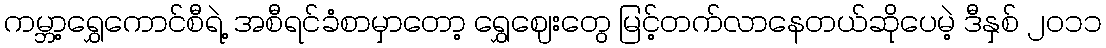
ကမ္ဘာ့ရွှေကောင်စီရဲ့ အစီရင်ခံစာမှာတော့ ရွှေဈေးတွေ မြင့်တက်လာနေတယ်ဆိုပေမဲ့ ဒီနှစ် ၂၀၁၁